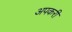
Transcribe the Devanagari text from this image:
अपकरी